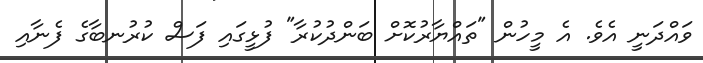
ވައްދަނީ އެވެ. އެ މީހުން "ތައްޔާރުކޮށް ބަންދުކުރާ" ފުޅީގައި ފަސް ކުރުނބާގެ ފެނާއި